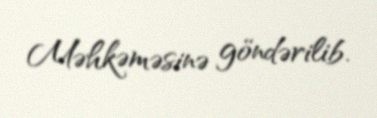
Məhkəməsinə göndərilib.